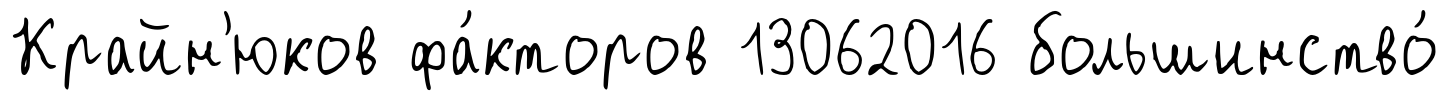
Крайн'юков фа́кторов 13062016 большинство́